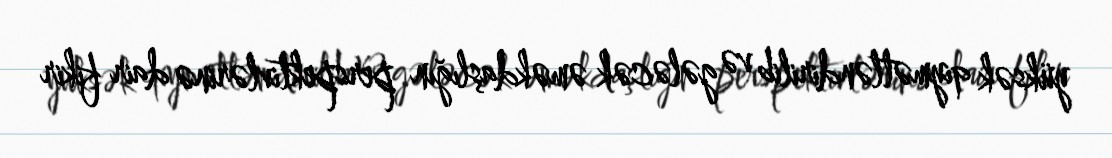
yüksək qiymətləndirilib və gələcək əməkdaşlığın perspektivlərinə dair fikir